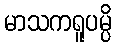
မာသကရူပမ္ပိ